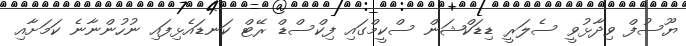
ޔޫސުފް ވިދާޅުވީ ސެލަރީ ޑިޑަކްޝަން ސްކީމްގައި ފިކްސްޑް ރޭޓް ކަނޑައެޅިފައި ނުހުންނާނެ ކަމަށާއި